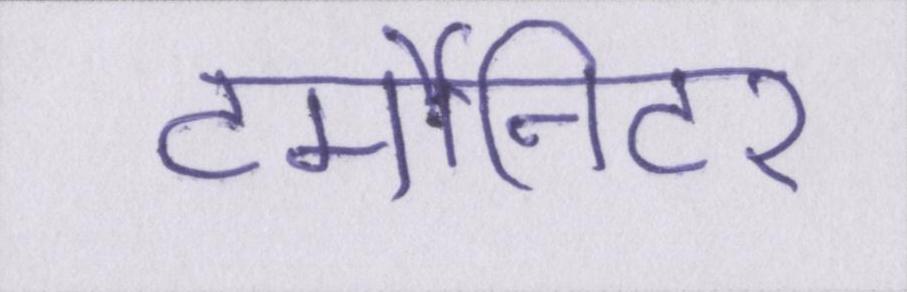
टर्मीनेटर